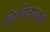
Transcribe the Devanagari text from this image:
विधिवाक्यों